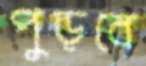
পুড়বে